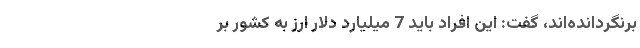
برنگردانده‌اند، گفت: این افراد باید 7 میلیارد دلار ارز به کشور بر